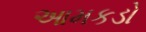
આમકડો